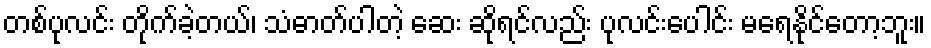
တစ်ပုလင်း တိုက်ခဲ့တယ်၊ သံဓာတ်ပါတဲ့ ဆေး ဆိုရင်လည်း ပုလင်းပေါင်း မရေနိုင်တော့ဘူး။